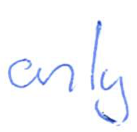
Text: only
Cross-out: clean
Writing tool: ballpoint